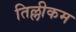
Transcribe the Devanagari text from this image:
तिल्लीकम